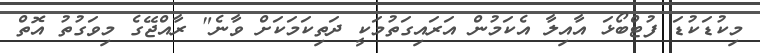
މިކުޑަކުޑަ ފުޓްބޯޅަ އާއިލާ އެކަމުން އަރައިގަތުމަކީ ދަތިކަމަކަށް ވާނެ" ރާއްޖޭގެ މިވަގުތު އޮތް